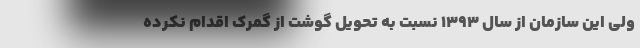
ولی این سازمان از سال ۱۳۹۳ نسبت به تحویل گوشت از گمرک اقدام نکرده